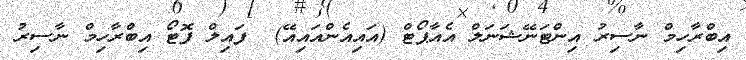
އިބްރާހިމް ނާސިރު އިންޓަނޭޝަނަލް އެއާޕޯޓް (އައިއެންއައިއޭ)  ފައިލް ފޮޓޯ އިބްރާހިމް ނާސިރު